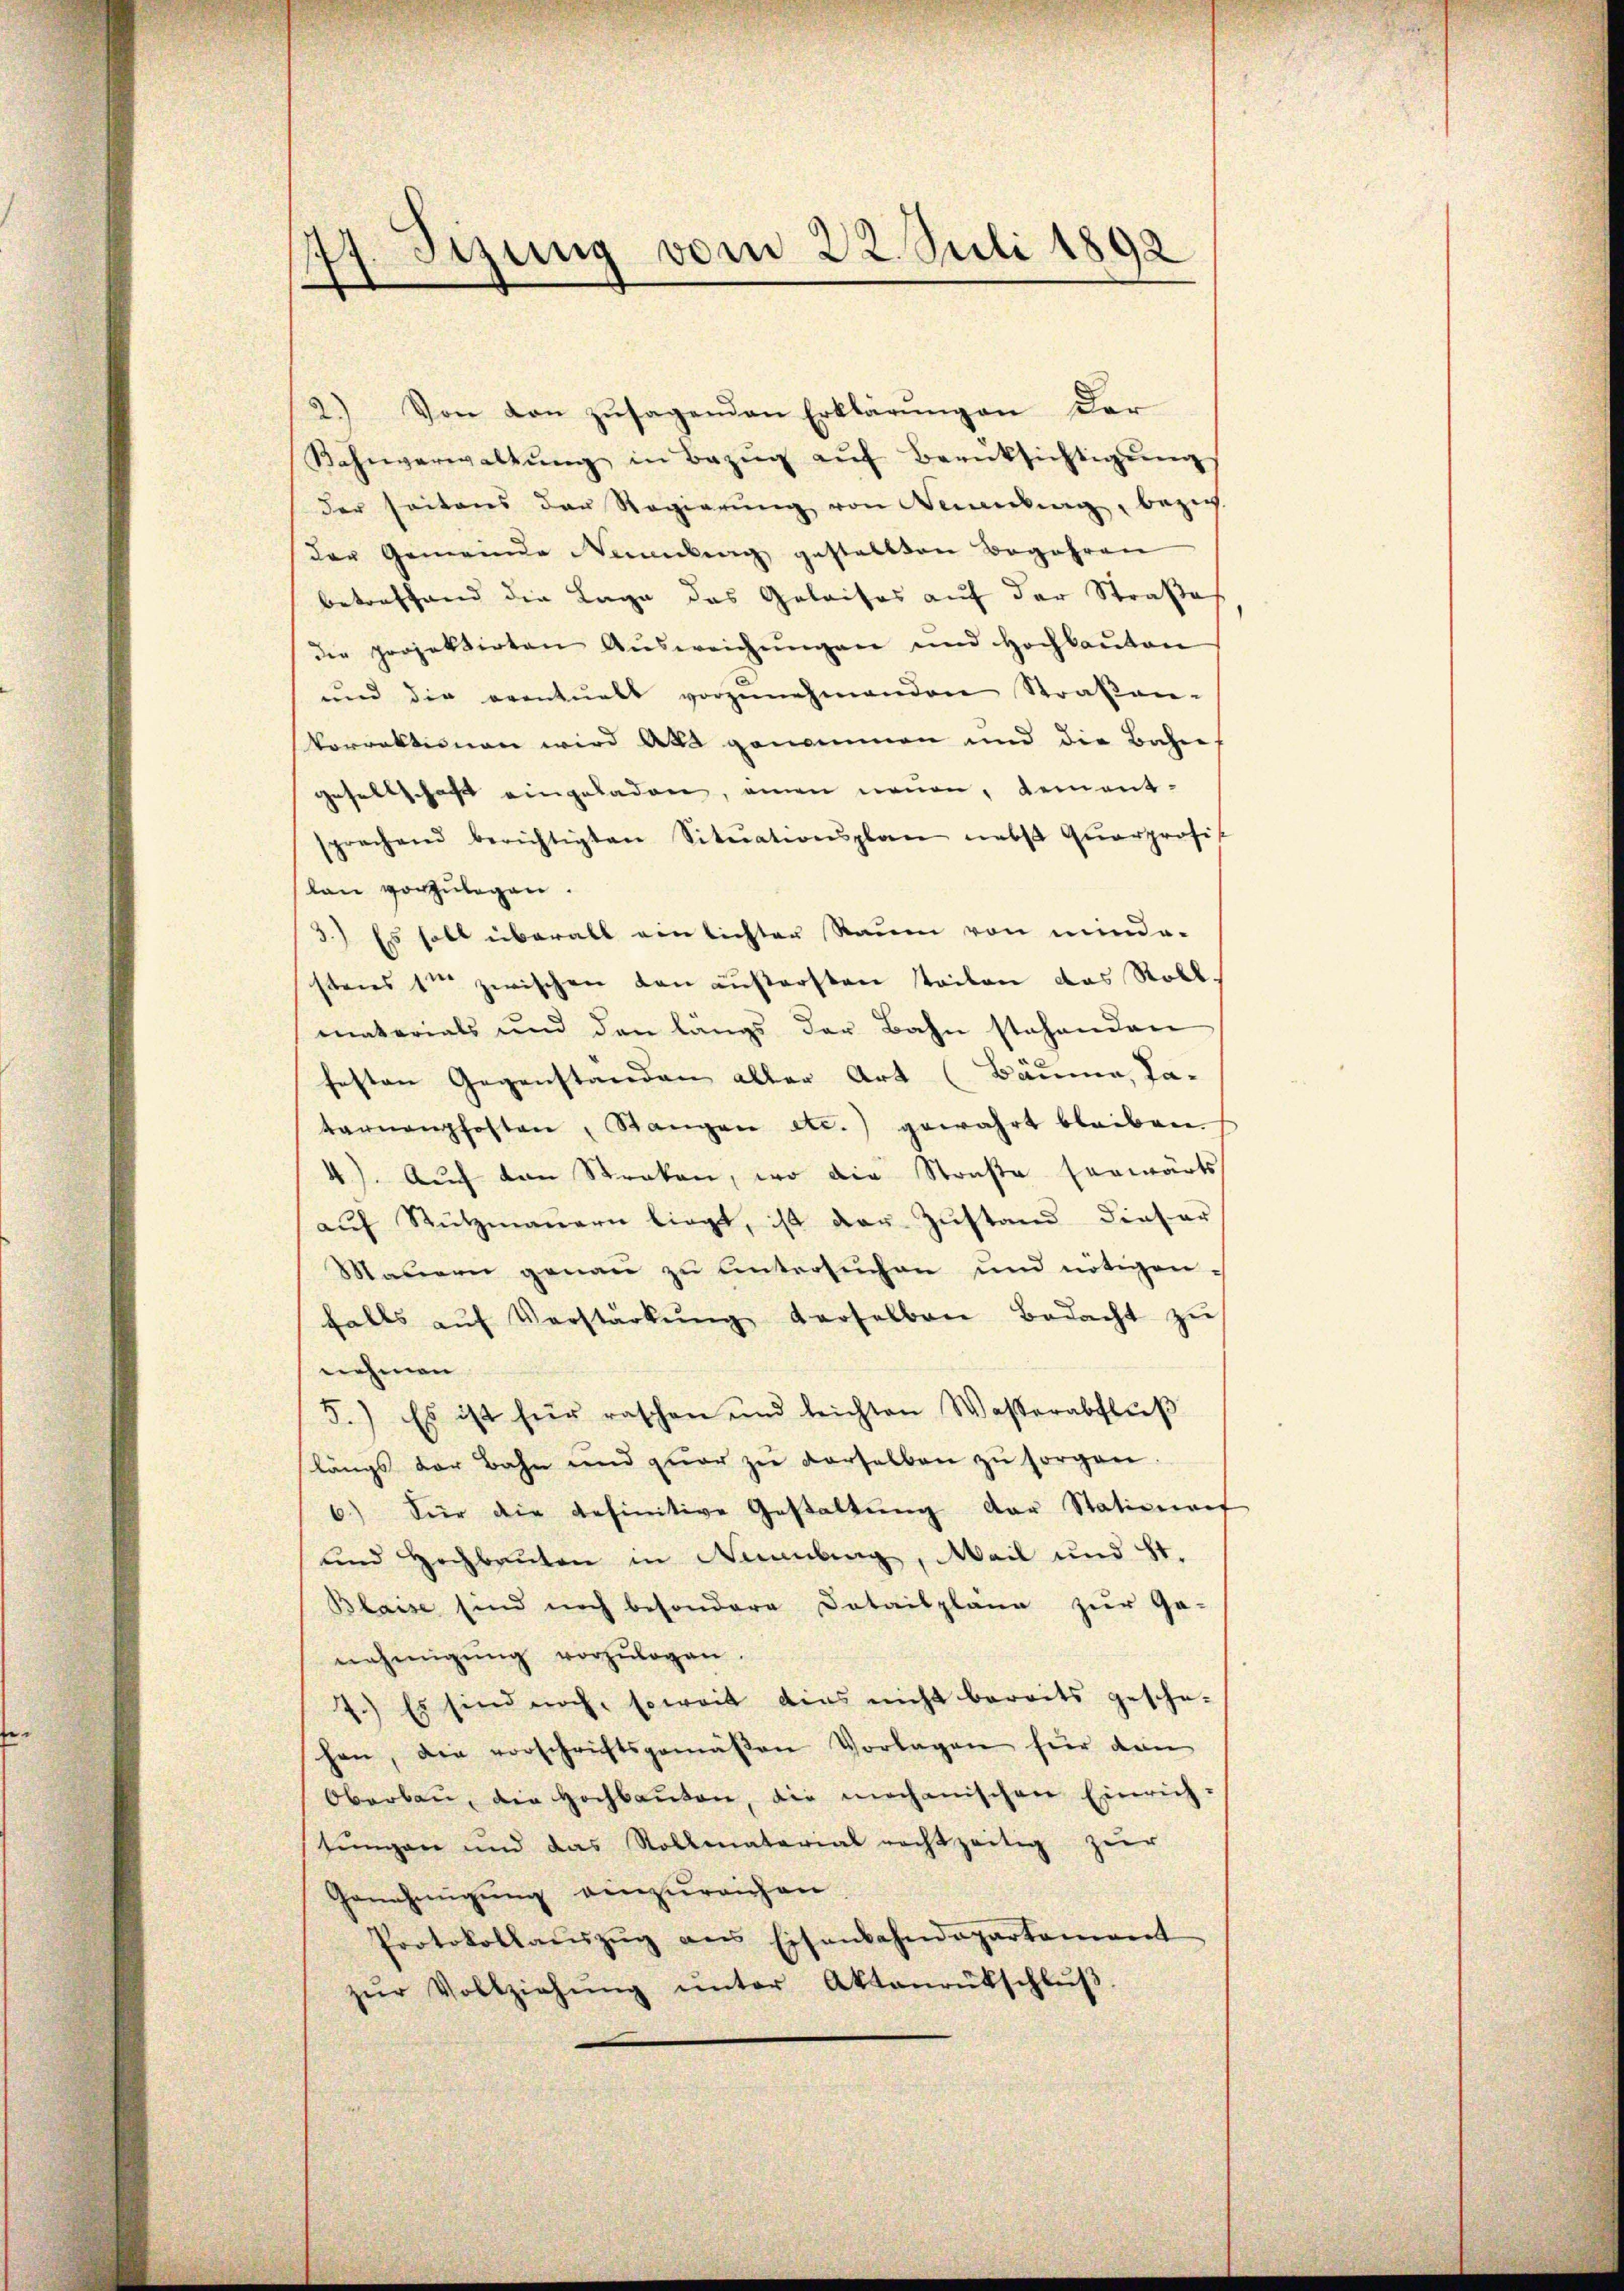
Sizung vom 22. Juli 1892
.
¬

2.) Von von zŭsagenden Erklärŭngen der
Bahnverwaltŭng in Bezŭg aŭf Berüksichtigŭng
der seitens der Regierung von Meinung, bezieh
der Gemeinde Nennung gestallten Begehren
betreffend die Lage das Geleises auf der Straße
die projektirten Aŭsweichŭngen und hochkanton
und die eventuels vorzŭnehmenden Straßen-
korrektionen wird Akt genommen und die Bahnf
gesellschaft eingeladen, einen neuen, Rement-
prechend berichtigten Situationsplan nebst Quarprofit
lan vorzulegen.
d.) Es halt überall einlichter Raum von minde-
stens 1m zwischen von äußersten steilen das Roll.
materials und den längs der Bahn stehenden
festen Gegenständen aller Art (Bäume, Pa-
tarnenpfosten, Stangen etc.) gewahrt bleiben.
4). Auf den Streken, wo die Straße vorwärts
aŭf Stützmaŭern liegt, ist der Zŭstand dieser
Mauern genau zu untersŭchen und nötigen
falls aŭf Verstärkŭng derselben Bedacht zŭ
nehmen
5.) Es ist für raschen und leichten Wasserabflŭβ
längs der Bahn und zwar zu derselben zŭ sorgen.
6) Für die definitive Gestaltŭng der Stationen
und Hochbauten in Neuenburg, Mail und St.
Blaise sind noch besondere Detailpläne zur Ge-
nehmigŭng vorzŭlegen.
7.) Es sind noch, soweit dies nicht bereits gesche-
hen, die vorschriftsgemäβen Vorlagen für dan
Oberbau, die Hochbauten, die mechanischen Einrich-
sŭngen und das Rollmatariat rechtzeitig zur
Genehmigŭng einzureichen
Protokollaŭszŭg ans Eisenbahndepartamant
zŭr Vollziehŭng ŭnter Aktenrütschlŭβ